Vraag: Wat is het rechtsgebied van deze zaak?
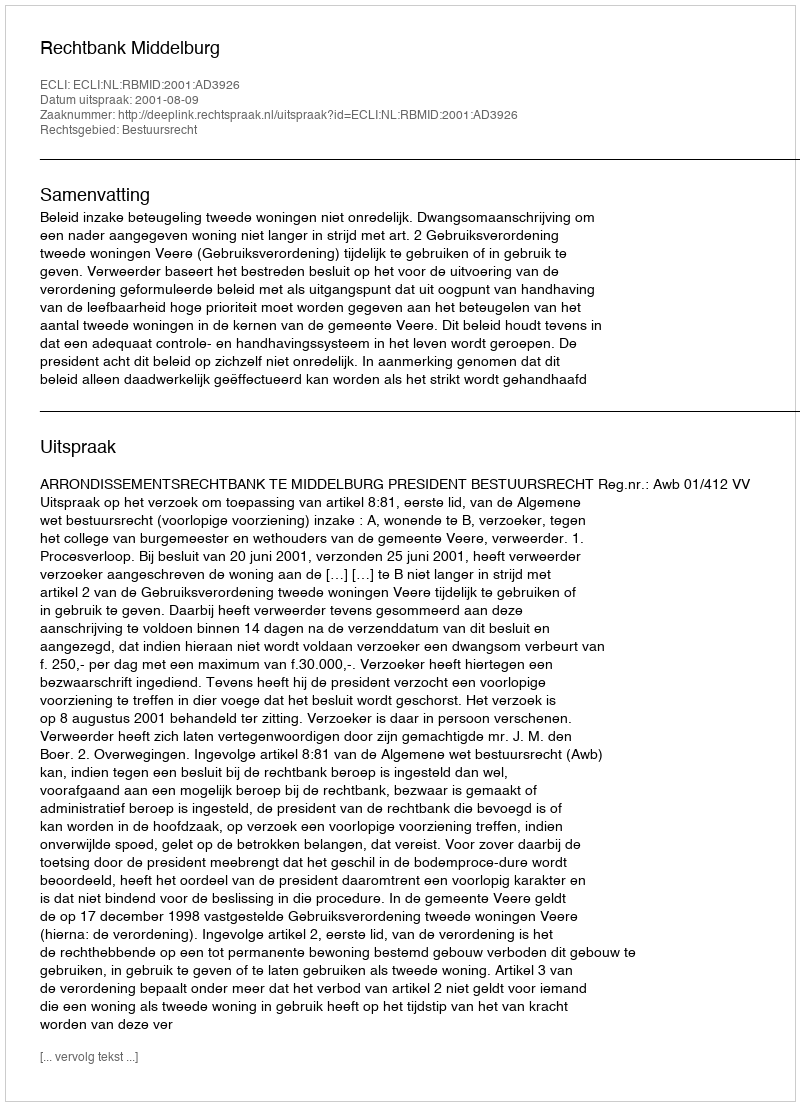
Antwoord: Bestuursrecht